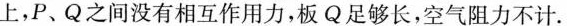
上，P、Q之间没有相互作用力，板Q足够长，空气阻力不计.